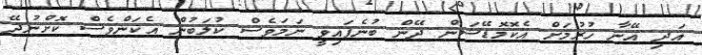
އަދި އޭނާ ހުރުމަށް އެކޮމޮޑޭޝަން ދޭން ބުނެފައިވީ ނަމަވެސް ކުލަބުން އެކަންވެސް ކޮށްނުދޭ